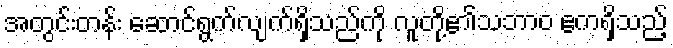
အတွင်းတန်း ဆောင်ရွက်လျက်ရှိသည်ကို လူတို့၏သဘာဝ ဧကရှိသည့်